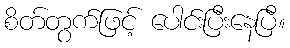
စိတ်တွက်ဖြင့် ပေါင်းပြီးနေပြီ။